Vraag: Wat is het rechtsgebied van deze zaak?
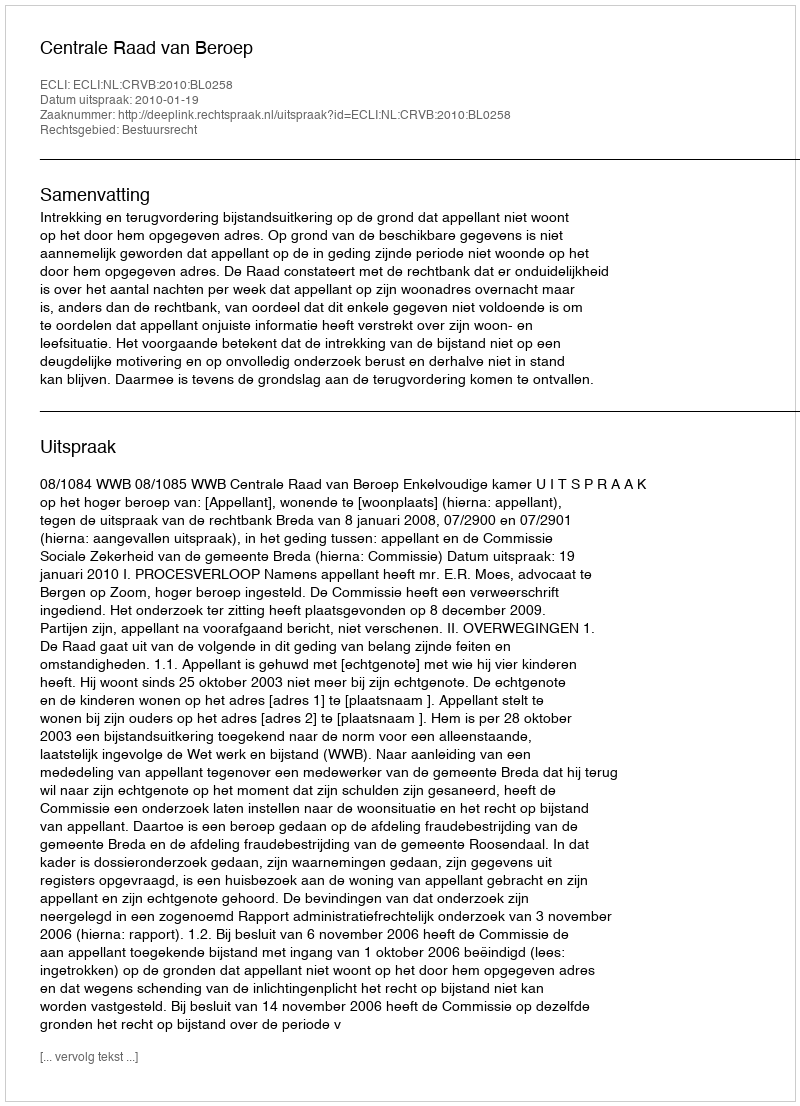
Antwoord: Bestuursrecht